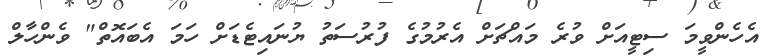
އެހެންވީމަ ސިޓީއަށް ވުރެ މައްޗަށް އެރުމުގެ ފުރުސަތު ޔުނައިޓެޑަށް ހަމަ އެބައޮތް" ވެންހާލް